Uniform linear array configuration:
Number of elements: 48
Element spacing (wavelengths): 1
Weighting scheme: cosine
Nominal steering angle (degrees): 0
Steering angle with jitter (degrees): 0.5425
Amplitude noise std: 0.05
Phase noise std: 0.05

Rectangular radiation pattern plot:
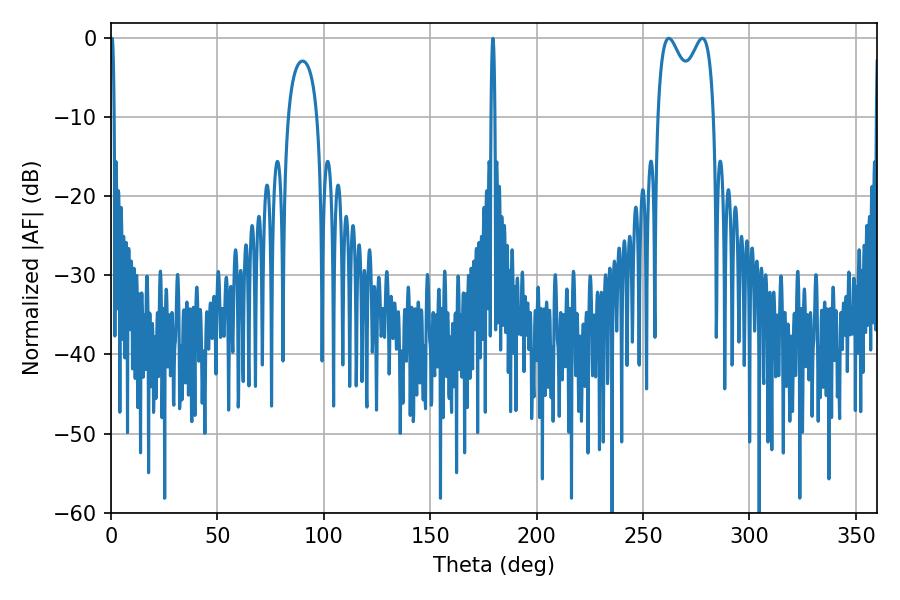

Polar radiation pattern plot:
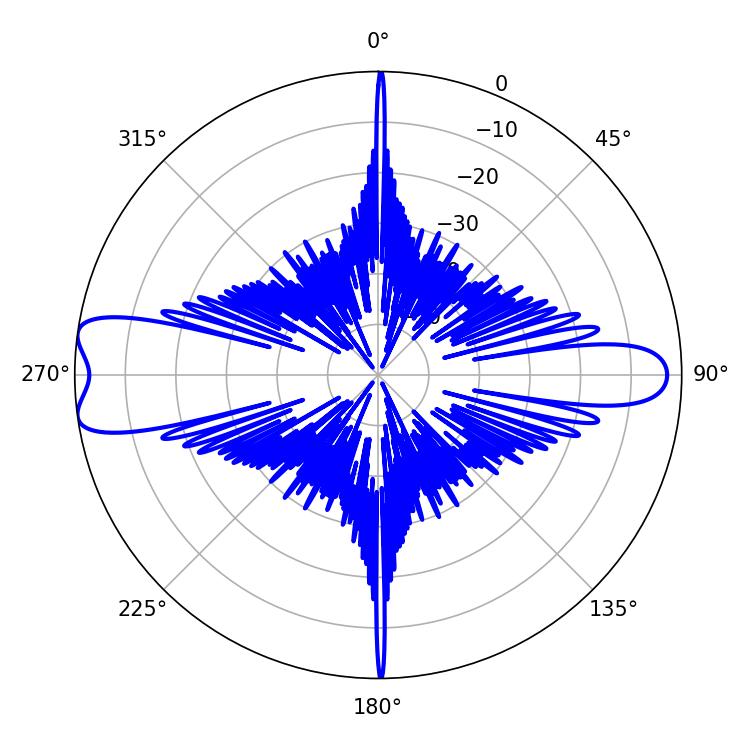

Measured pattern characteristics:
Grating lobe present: TRUE
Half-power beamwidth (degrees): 1.08
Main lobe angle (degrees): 0.54